Annual report of the Central Committee of the Association together with the report of the directors of the Pasteur Institute at Kasauli
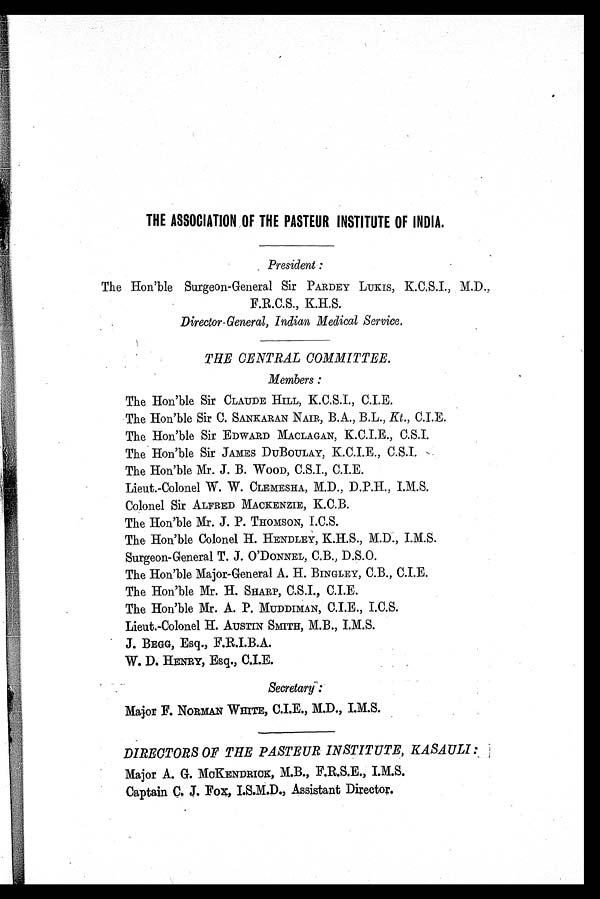
THE ASSOCIATION OF THE PASTEUR INSTITUTE OF INDIA.
President
:
The Hon'ble Surgeon-General Sir PARDEY LUKIS, K.C.S.I., M.D.,
F.R.C.S., K.H.S.
Director-General, Indian Medical Service.
THE CENTRAL COMMITTEE.
Members :
The Hon'ble Sir CLAUDE HILL, K.C.S.I., C.I.E.
The Hon'ble Sir C. SANKARAN NAIR, B.A., B.L., Kt., C.I.E.
The Hon' ble Sir EDWARD MACLAGAN, K.C.I.E., C.S.I.
The Hon'ble Sir JAMES DUBOULAY, K.C.I.E., C.S.I.
The Hon'ble Mr. J. B. WOOD, C.S.I., C.I.E.
Lieut.-Colonel W. W. CLEMESHA, M.D., D.P.H., I.M.S.
Colonel Sir ALFRED MACKENZIE, K.C.B.
The Hon'ble Mr. J. P. THOMSON, I.C.S.
The Hon'ble Colonel H. HENDLEY, K.H.S., M.D., I .M.S.
Surgeon-General T. J. O 'DONNEL, C.B., D.S.O.
The Hon'ble Major-General A. H. BINGLEY, C.B., C.I.E.
The Hon'ble Mr. H. SHARP, C.S.I., C.I.E.
The Hon'ble Mr. A. P. MUDDIMAN, C.I.E., I.C.S.
Lieut.-Colonel H. AUSTIN SMITH, M.B., I.M.S.
J. BEGG, Esq., F.R.I.B.A.
W. D. HENRY, Esq., C.I.E.
Secretary-
:
Major F. NORMAN WHITE, C.I.E., M.D., I.M.S.
DIRECTORS OF THE PASTEUR INSTITUTE, KASAULI:
Major A. G. MCKENDRICK, M.B., F.R.S.E., I.M.S.
Captain C. J. Fox, I.S.M.D., Assistant Director.